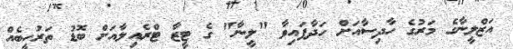
އަޒްލީނާގެ މަރުގެ ހާދިސާއަށް ހަދާފައިވާ "ލީނާ" ގެ ޓީޒާ ޓްރެއިލާއަށް ބޮޑު ތަރުހީބެއް